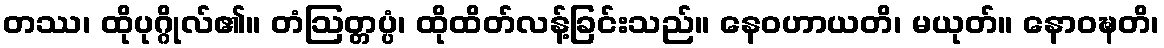
တဿ၊ ထိုပုဂ္ဂိုလ်၏။ တံဩတ္တပ္ပံ၊ ထိုထိတ်လန့်ခြင်းသည်။ နေဝဟာယတိ၊ မယုတ်။ နောဝဍ္ဎတိ၊